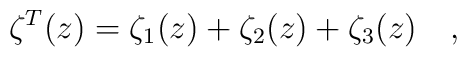
\zeta^T(z)=\zeta_1(z)+\zeta_2(z)+\zeta_3(z)~~~,